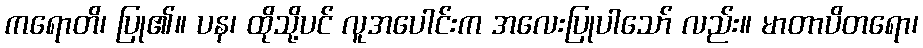
ကရောတိ၊ ပြု၏။ ပန၊ ထိုသို့ပင် လူအပေါင်းက အလေးပြုပါသော် လည်း။ မာတာပိတရော၊